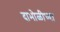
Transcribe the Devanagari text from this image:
दाभोळीच्या